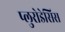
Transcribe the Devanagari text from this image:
प्लुरोडेसिस